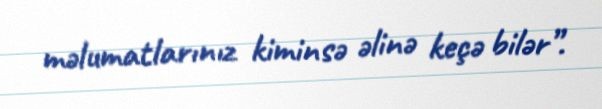
məlumatlarınız kiminsə əlinə keçə bilər”.